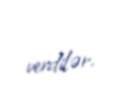
verdilər.